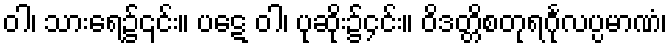
ဝါ၊ သားရေ၌၎င်း။ ပဋေ ဝါ၊ ပုဆိုး၌၄င်း။ ဝိဒတ္တိစတုရင်္ဂုလပ္ပမာဏံ၊